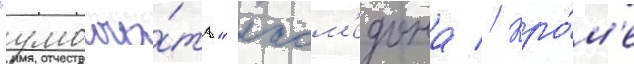
"умолча́ть" лаом'едона // Кро́м'е